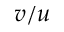
v / u